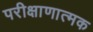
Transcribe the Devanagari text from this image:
परीक्षाणात्मक